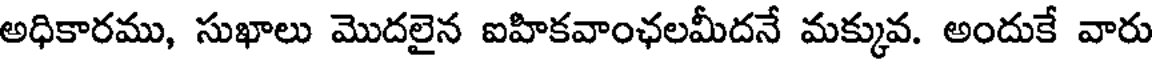
అధికారము, సుఖాలు మొదలైన ఐహికవాంఛలమీదనే మక్కువ. అందుకే వారు